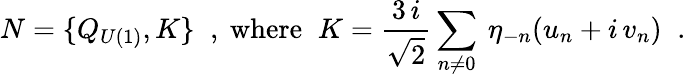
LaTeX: N=\{ Q_{U(1)},K\} \; \; \mathrm{,~where}\; \; K=\frac{3\, i}{\sqrt{2}}\sum_{n\neq 0}\: \eta_{-n}(u_{n}+i\, v_{n})\; \; .